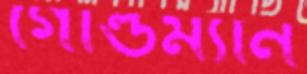
গোল্ডম্যান